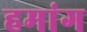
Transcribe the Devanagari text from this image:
हमांग